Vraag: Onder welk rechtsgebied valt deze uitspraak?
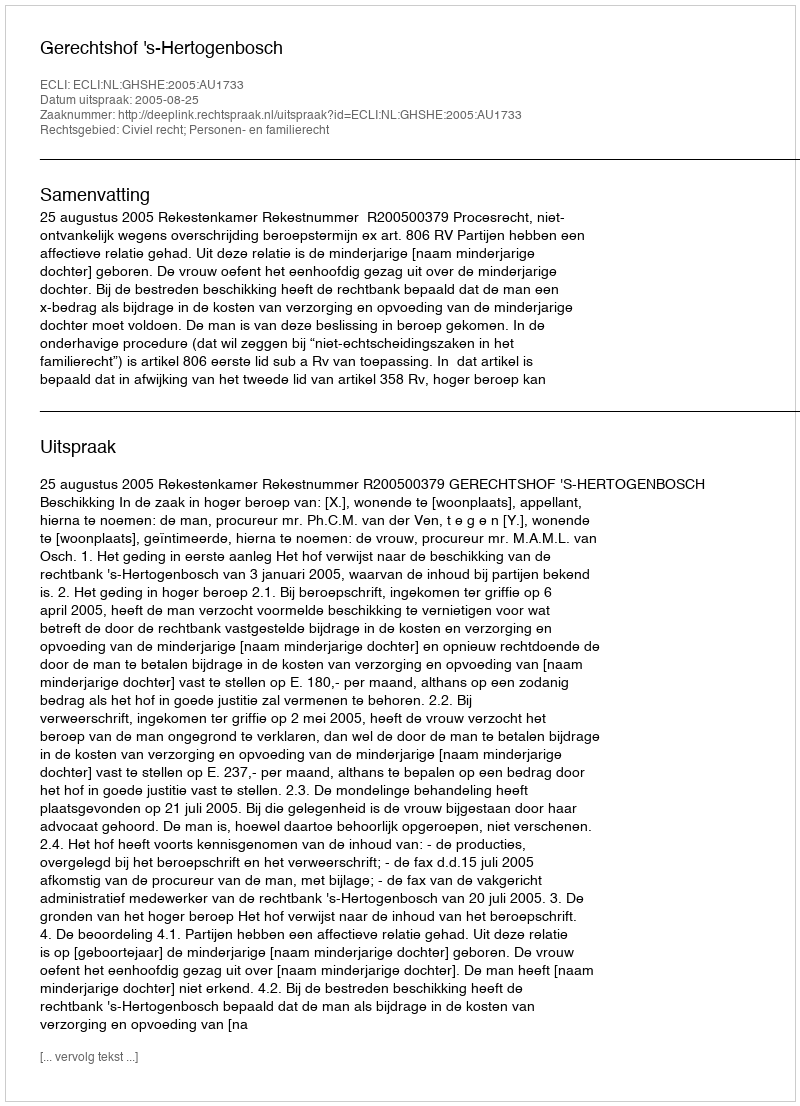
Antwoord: Civiel recht; Personen- en familierecht